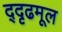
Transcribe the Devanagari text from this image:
द्दृढमूल